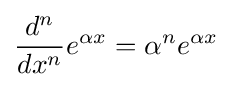
{\frac {d^{n}}{dx^{n}}}e^{\alpha x}=\alpha ^{n}e^{\alpha x}